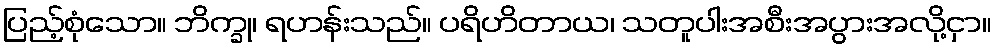
ပြည့်စုံသော။ ဘိက္ခု၊ ရဟန်းသည်။ ပရိဟိတာယ၊ သတူပါးအစီးအပွားအလို့ငှာ။